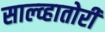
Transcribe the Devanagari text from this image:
साल्व्हातोरी